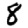
Digit: 8